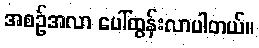
အစဉ်အလာ ပေါ်ထွန်းလာပါတယ်။